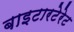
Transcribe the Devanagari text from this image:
बाइटारटेरेट